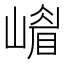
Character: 𡼴